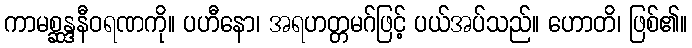
ကာမစ္ဆန္ဒနီဝရဏကို။ ပဟီနော၊ အရဟတ္တမဂ်ဖြင့် ပယ်အပ်သည်။ ဟောတိ၊ ဖြစ်၏။